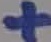
Text: +